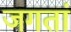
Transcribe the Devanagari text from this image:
जगतां